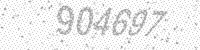
Solution: 904697